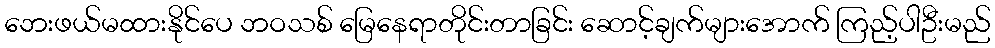
ဘေးဖယ်မထားနိုင်ပေ ဘဝသစ် မြေနေရာတိုင်းတာခြင်း ဆောင့်ချက်များအောက် ကြည့်ပါဦးမည်